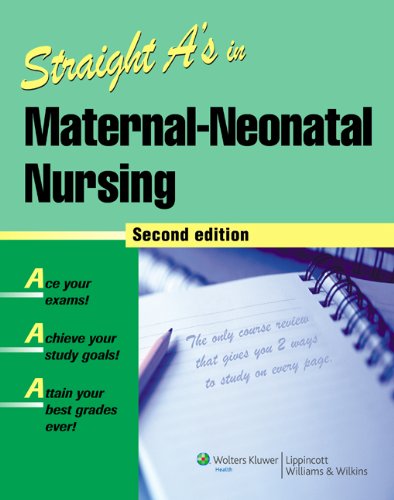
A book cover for Straight A's in Maternal-Neonatal Nursing; Springhouse; Medical Books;